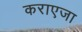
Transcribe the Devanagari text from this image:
कराएजा